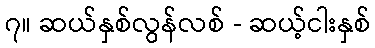
၇။ ဆယ်နှစ်လွန်လစ် - ဆယ့်ငါးနှစ်